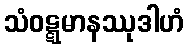
သံဝဋ္ဋမာနဿုဒါဟံ